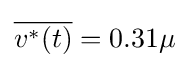
{\overline {v^{*}(t)}}=0.31\mu